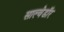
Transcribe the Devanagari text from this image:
साल्वेडॉर